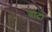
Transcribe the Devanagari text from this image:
बोदो